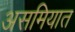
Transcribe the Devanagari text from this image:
असमियात